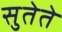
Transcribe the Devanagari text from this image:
सुतेते